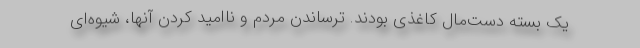
یک بسته دست‌مال کاغذی بودند. ترساندن مردم و ناامید کردن آنها، شیوه‌ای